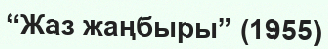
“Жаз жаңбыры” (1955)